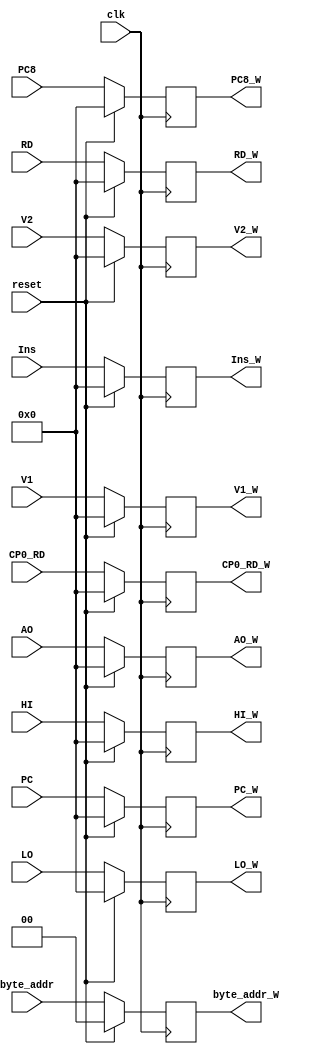
`timescale 1ns / 1ps

module WReg(clk,reset,Ins,V1,V2,AO,byte_addr,RD,HI,LO,PC,PC8,CP0_RD,Ins_W,V1_W,V2_W,AO_W,byte_addr_W,RD_W,HI_W,LO_W,PC_W,PC8_W,CP0_RD_W);
//interface
    input clk;
    input reset;

    input [31:0] Ins;
	input [31:0] V1;
	input [31:0] V2;
    input [31:0] AO;
	input [1:0] byte_addr;
    input [31:0] RD;
	input [31:0] HI;
	input [31:0] LO;

    input [31:0] PC;
    input [31:0] PC8;

    input [31:0] CP0_RD;
    
    output reg [31:0] Ins_W;
	output reg [31:0] V1_W;
	output reg [31:0] V2_W;
    output reg [31:0] AO_W;
	output reg [1:0] byte_addr_W;
    output reg [31:0] RD_W;
	output reg [31:0] HI_W;
	output reg [31:0] LO_W;

    output reg [31:0] PC_W;
    output reg [31:0] PC8_W;

    output reg [31:0] CP0_RD_W;
    
//sequential logic
    /*
	initial
		begin
			Ins_W=0;
			V1_W=0;
			V2_W=0;
            AO_W=0;
			byte_addr_W=0;
			RD_W=0;
			HI_W=0;
			LO_W=0;
			PC_W=0;
			PC8_W=0;
            CP0_RD_W=0;
		end
	*/
    
    always @(posedge clk)
        begin
            if(reset)
                begin
                    Ins_W<=0;
					V1_W<=0;
					V2_W<=0;
                    AO_W<=0;
					byte_addr_W<=0;
                    RD_W<=0;
					HI_W<=0;
					LO_W<=0;
                    PC_W<=0;
                    PC8_W<=0;
                    CP0_RD_W<=0;
                end
            else
                begin
                    Ins_W<=Ins;
					V1_W<=V1;
					V2_W<=V2;
                    AO_W<=AO;
					byte_addr_W<=byte_addr;
                    RD_W<=RD;
					HI_W<=HI;
					LO_W<=LO;
                    PC_W<=PC;
                    PC8_W<=PC8;
                    CP0_RD_W<=CP0_RD;
                end
        end

endmodule